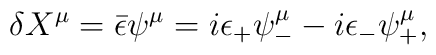
\delta X^\mu =\bar{\epsilon}\psi^\mu = i\epsilon_+\psi_- ^\mu-i\epsilon_-\psi_+ ^\mu ,